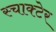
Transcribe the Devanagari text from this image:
स्चाक्टेर